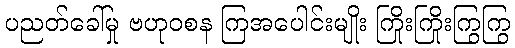
ပညတ်ခေါ်မှု ဗဟုဝစန ကြအပေါင်းမျိုး ကြိုးကြိုးကြွကြွ